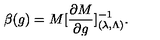
\beta ( g ) = M [ { \frac { \partial M } { \partial g } } ] _ { ( \lambda , \Lambda ) } ^ { - 1 } .